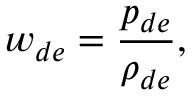
w _ { d e } = \frac { p _ { d e } } { \rho _ { d e } } ,